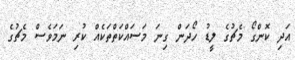
އަދި ކޮންގޯ މެޗުގެ ލީޑު ހޯދަން ގިނަ މަސައްކަތްތަކެއް ކުރި ނަމަވެސް މެޗުގެ